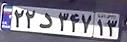
۲۲د۳۴۷۱۳